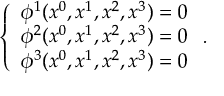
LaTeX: \left\{ \begin{array} { c } { { \phi ^ { 1 } ( x ^ { 0 } , x ^ { 1 } , x ^ { 2 } , x ^ { 3 } ) = 0 } } \\ { { \phi ^ { 2 } ( x ^ { 0 } , x ^ { 1 } , x ^ { 2 } , x ^ { 3 } ) = 0 } } \\ { { \phi ^ { 3 } ( x ^ { 0 } , x ^ { 1 } , x ^ { 2 } , x ^ { 3 } ) = 0 } } \end{array} \right. .